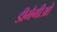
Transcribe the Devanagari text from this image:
डीमैगीओ